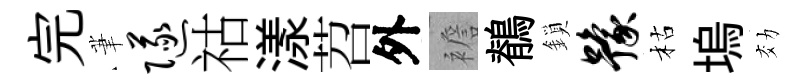
完茟隧祜漾苕外襜鶺鎖豫枯塢効